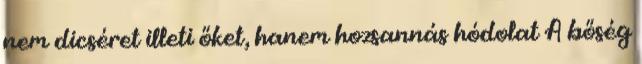
nem dicséret illeti őket, hanem hozsannás hódolat A bőség